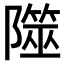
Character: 𨼹